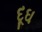
દૂઘ